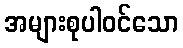
အများစုပါဝင်သော